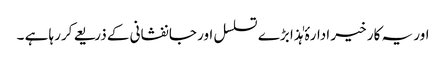
اور یہ کار خیر ادارۂ ہٰذا بڑے تسلسل اور جانفشانی کے ذریعے کررہا ہے ۔